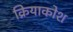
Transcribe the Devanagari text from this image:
क्रियाकोश